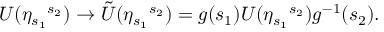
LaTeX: U ( { \eta } _ { s _ { 1 } } { } ^ { s _ { 2 } } ) \rightarrow { \tilde { U } } ( { \eta } _ { s _ { 1 } } { } ^ { s _ { 2 } } ) = g ( s _ { 1 } ) U ( { \eta } _ { s _ { 1 } } { } ^ { s _ { 2 } } ) g ^ { - 1 } ( s _ { 2 } ) .